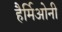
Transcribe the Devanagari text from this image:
हैर्मिओनी